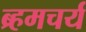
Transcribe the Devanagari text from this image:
ब्र्हमचर्य